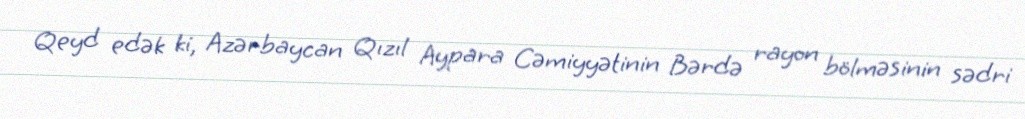
Qeyd edək ki, Azərbaycan Qızıl Aypara Cəmiyyətinin Bərdə rayon bölməsinin sədri